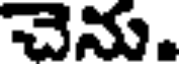
చెను.